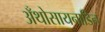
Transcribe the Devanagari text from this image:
अँथोसायनाडिन